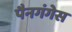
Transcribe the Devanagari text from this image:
पैनगंगेस